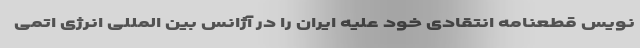
نویس قطعنامه انتقادی خود علیه ایران را در آژانس بین المللی انرژی اتمی